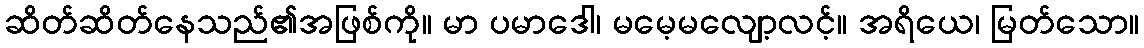
ဆိတ်ဆိတ်နေသည်၏အဖြစ်ကို။ မာ ပမာဒေါ၊ မမေ့မလျော့လင့်။ အရိယေ၊ မြတ်သော။